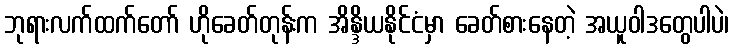
ဘုရားလက်ထက်တော် ဟိုခေတ်တုန်းက အိန္ဒိယနိုင်ငံမှာ ခေတ်စားနေတဲ့ အယူဝါဒတွေပါပဲ၊